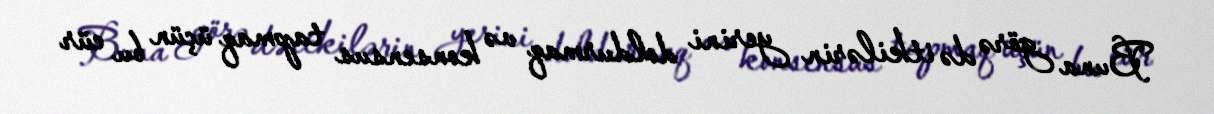
Buna görə də itkilərin yerini doldurmaq və konsensus tapmaq üçün bu cür